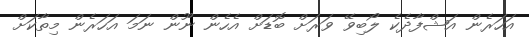
އަހަރެން އަޝްފާދެކެ ލޯބިވޭ ވަރަށް ބޮޑަށް އެހެން ނޫން ނަމަ އަހަރެން މިތާކަށް